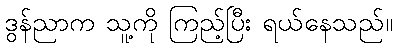
ဒွန်ညာက သူ့ကို ကြည့်ပြီး ရယ်နေသည်။